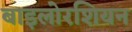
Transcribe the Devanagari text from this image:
बाइलोरशियन